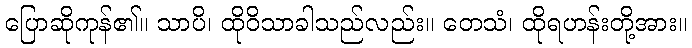
ပြောဆိုကုန်၏။ သာပိ၊ ထိုဝိသာခါသည်လည်း။ တေသံ၊ ထိုရဟန်းတို့အား။